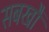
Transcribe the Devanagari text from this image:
सबखौं